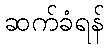
ဆက်ခံရန်